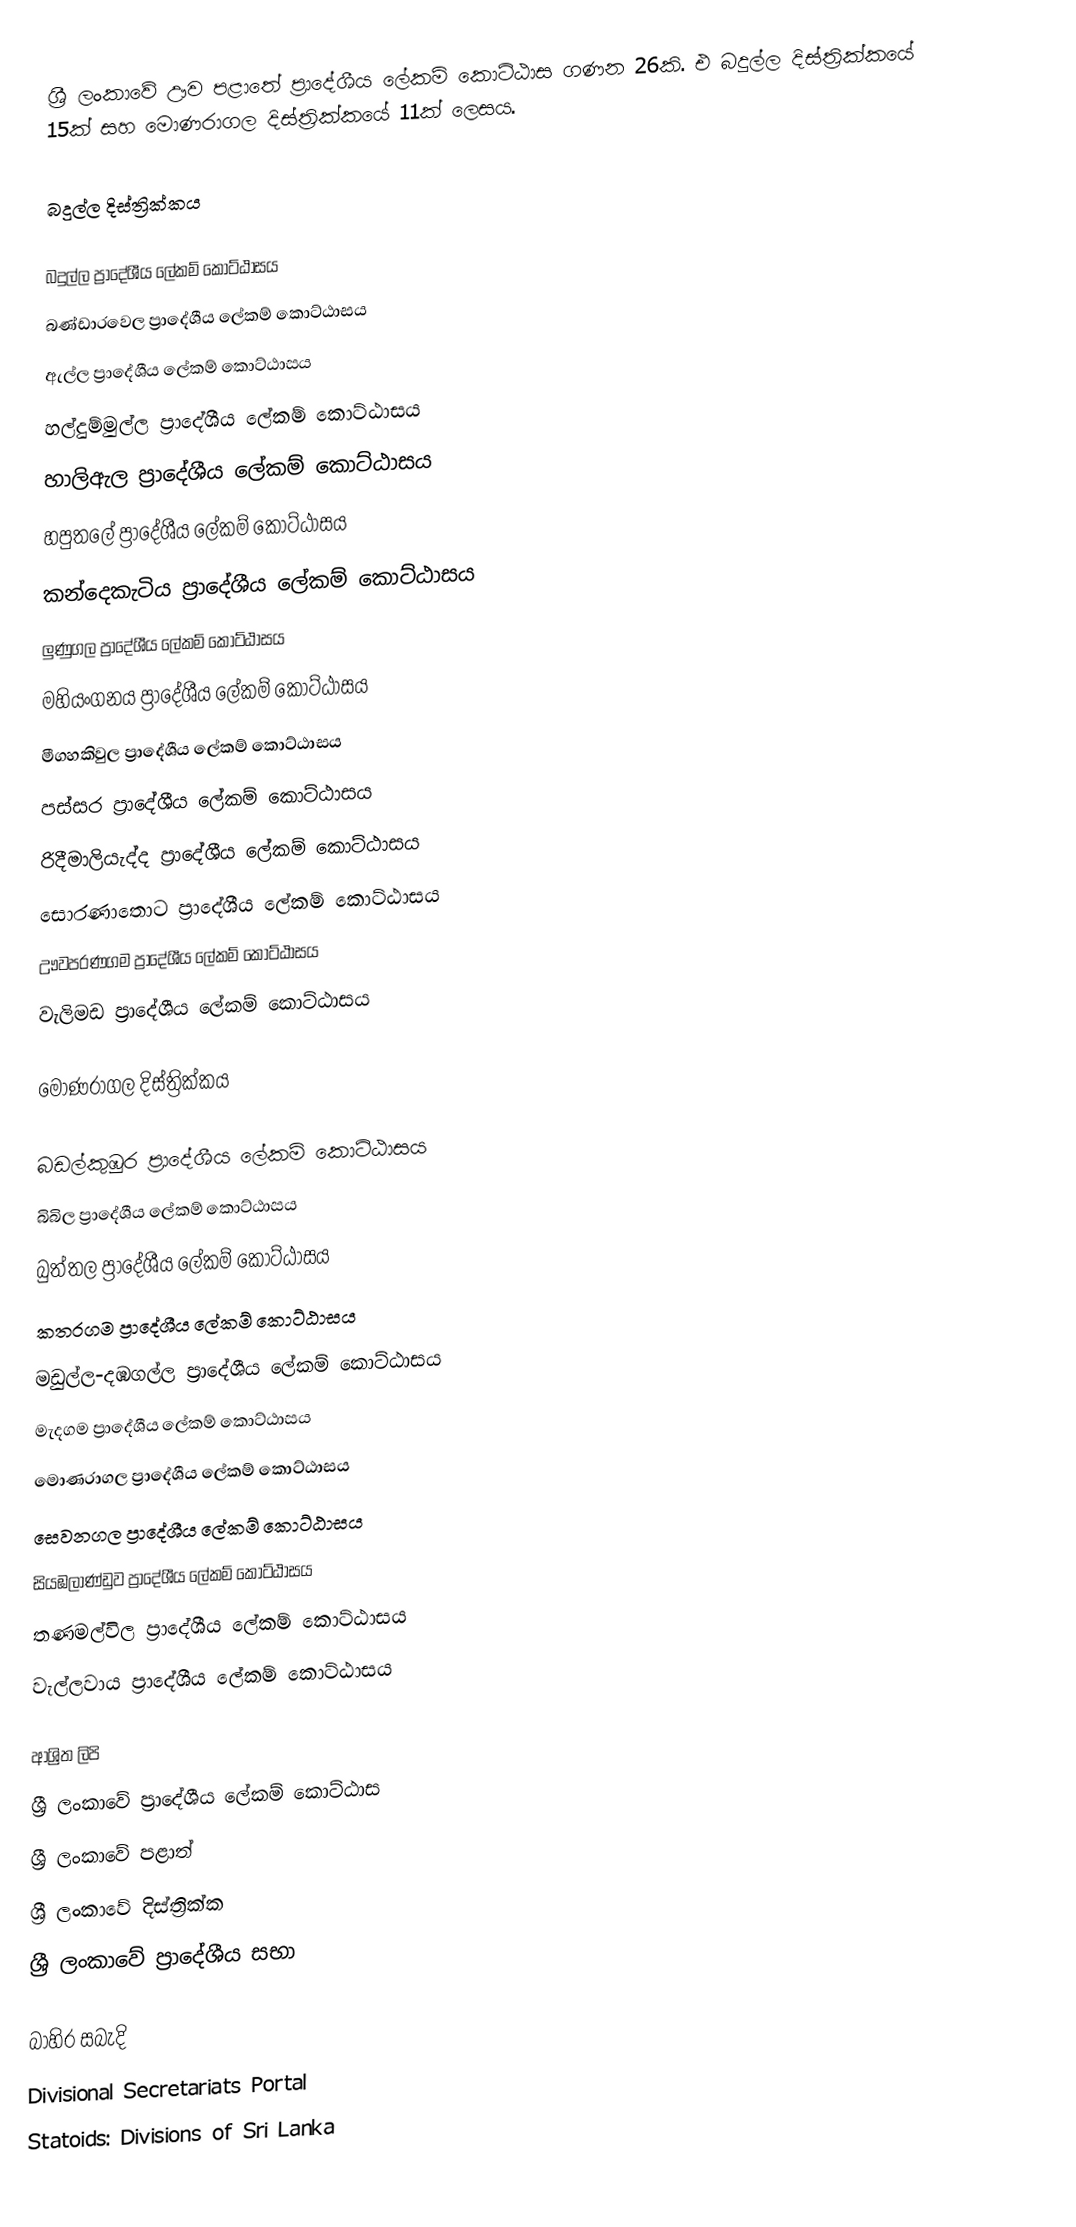
ශ්‍රී ලංකාවේ ඌව පළාතේ ප්‍රාදේශීය ලේකම් කොට්ඨාස ගණන 26කි. එ බදුල්ල දිස්ත්‍රික්කයේ 15ක් සහ මොණරාගල දිස්ත්‍රික්කයේ 11ක් ලෙසය.

බදුල්ල දිස්ත්‍රික්කය

 බදුල්ල ප්‍රාදේශීය ලේකම් කොට්ඨාසය
 බණ්ඩාරවෙල ප්‍රාදේශීය ලේකම් කොට්ඨාසය
 ඇල්ල ප්‍රාදේශීය ලේකම් කොට්ඨාසය
 හල්දුම්මුල්ල ප්‍රාදේශීය ලේකම් කොට්ඨාසය
 හාලිඇල ප්‍රාදේශීය ලේකම් කොට්ඨාසය
 හපුතලේ ප්‍රාදේශීය ලේකම් කොට්ඨාසය
 කන්දෙකැටිය ප්‍රාදේශීය ලේකම් කොට්ඨාසය
 ලුණුගල ප්‍රාදේශීය ලේකම් කොට්ඨාසය
 මහියංගනය ප්‍රාදේශීය ලේකම් කොට්ඨාසය
 මීගහකිවුල ප්‍රාදේශීය ලේකම් කොට්ඨාසය
 පස්සර ප්‍රාදේශීය ලේකම් කොට්ඨාසය
 රිදීමාලියැද්ද ප්‍රාදේශීය ලේකම් කොට්ඨාසය
 සොරණාතොට ප්‍රාදේශීය ලේකම් කොට්ඨාසය
 ඌවපරණගම ප්‍රාදේශීය ලේකම් කොට්ඨාසය
 වැලිමඩ ප්‍රාදේශීය ලේකම් කොට්ඨාසය

මොණරාගල දිස්ත්‍රික්කය

 බඩල්කුඹුර ප්‍රාදේශීය ලේකම් කොට්ඨාසය
 බිබිල ප්‍රාදේශීය ලේකම් කොට්ඨාසය
 බුත්තල ප්‍රාදේශීය ලේකම් කොට්ඨාසය
 කතරගම ප්‍රාදේශීය ලේකම් කොට්ඨාසය
 මඩුල්ල-දඹගල්ල ප්‍රාදේශීය ලේකම් කොට්ඨාසය
 මැදගම ප්‍රාදේශීය ලේකම් කොට්ඨාසය
 මොණරාගල ප්‍රාදේශීය ලේකම් කොට්ඨාසය
 සෙවනගල ප්‍රාදේශීය ලේකම් කොට්ඨාසය
 සියඹලාණ්ඩුව ප්‍රාදේශීය ලේකම් කොට්ඨාසය
 තණමල්විල ප්‍රාදේශීය ලේකම් කොට්ඨාසය
 වැල්ලවාය ප්‍රාදේශීය ලේකම් කොට්ඨාසය

ආශ්‍රිත ලිපි
 ශ්‍රී ලංකාවේ ප්‍රාදේශීය ලේකම් කොට්ඨාස
 ශ්‍රී ලංකාවේ පළාත්
 ශ්‍රී ලංකාවේ දිස්ත්‍රික්ක
 ශ්‍රී ලංකාවේ ප්‍රාදේශීය සභා

බාහිර සබැදි
 Divisional Secretariats Portal
 Statoids: Divisions of Sri Lanka